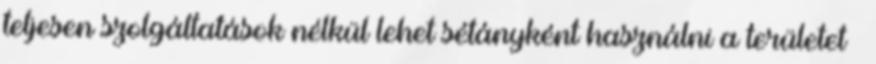
teljesen szolgáltatások nélkül lehet sétányként használni a területet –